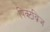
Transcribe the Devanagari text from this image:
पिक्टब्रिज